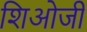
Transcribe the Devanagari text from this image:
शिओजी